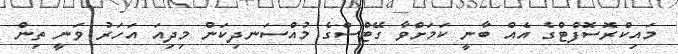
މައިކްރޮސޮފްޓްގެ އެއް ބާނީ ކަމަށްވާ ގޭޓްސްގެ މުއްސަނދިކަން މިދިއަ އަހަރު ވަނީ ތިން